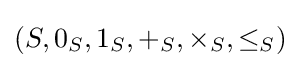
(S,0_{S},1_{S},+_{S},\times _{S},\leq _{S})